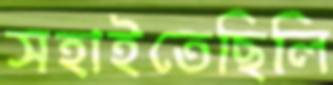
সহাইতেছিলি